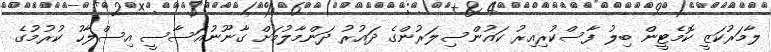
ލާމަރުކަޒީ ކޮމެޓީން ބިލު ފާސްކުރިއިރު ކައުންސިލަރުންގެ ދައުރު ދަންމާލުމަށް ގާނޫނުއަސާސީ އިސްލާހު ކުރުމުގެ